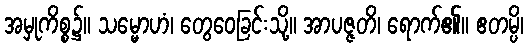
အမှုကိစ္စ၌။ သမ္မောဟံ၊ တွေဝေခြင်းသို့။ အာပဇ္ဇတိ၊ ရောက်၏။ ဧတမ္ပိ၊